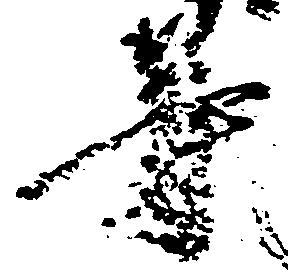
等